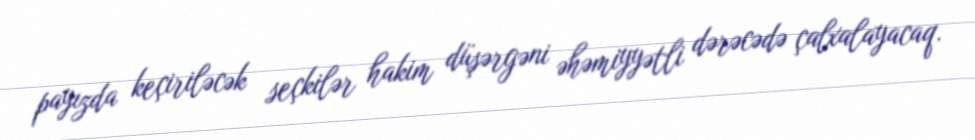
payızda keçiriləcək seçkilər hakim düşərgəni əhəmiyyətli dərəcədə çalxalayacaq.